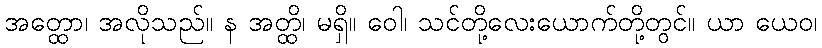
အတ္ထော၊ အလိုသည်။ န အတ္ထိ၊ မရှိ။ ဝေါ၊ သင်တို့လေးယောက်တို့တွင်။ ယာ ယေဝ၊